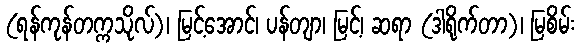
(ရန်ကုန်တက္ကသိုလ်)၊ မြင့်အောင်၊ ပန်တျာ၊ မြင့်၊ ဆရာ (ဒါရိုက်တာ)၊ မြစိမ်း